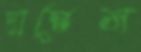
দান্তেস